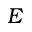
E